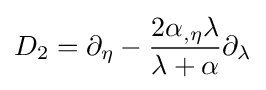
D_{2}=\partial _{\eta }-{\frac {2\alpha _{,\eta }\lambda }{\lambda +\alpha }}\partial _{\lambda }